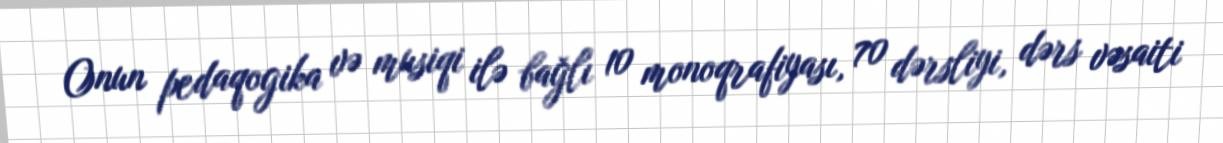
Onun pedaqogika və musiqi ilə bağlı 10 monoqrafiyası, 70 dərsliyi, dərs vəsaiti